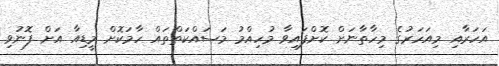
އަހަރާއި މިއަހަރުގެ މިހާތާނަށް ކޮށްފައިވާ މުހިއްމު މަސައްކަތްތައް ހާމަކޮށް މީޑިއާ އަށް ފޮނުވި